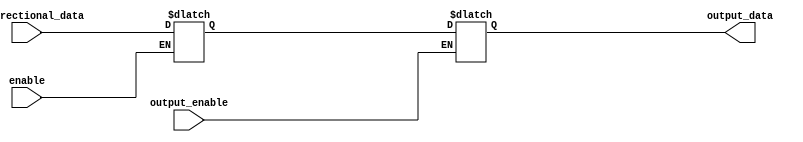
module bi_directional_buffer (
    input wire bi_directional_data,
    input wire enable,
    input wire output_enable,
    output reg output_data
);

reg internal_data;

always @ (bi_directional_data) begin
    if (enable) begin
        internal_data <= bi_directional_data;
    end
end

always @ (output_enable) begin
    if (output_enable) begin
        output_data <= internal_data;
    end
end

endmodule